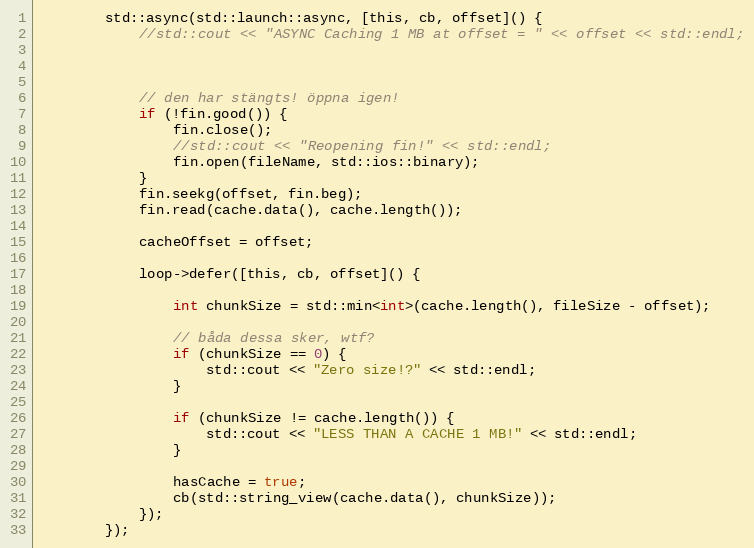
Language: C
        std::async(std::launch::async, [this, cb, offset]() {
            //std::cout << "ASYNC Caching 1 MB at offset = " << offset << std::endl;

            // den har stängts! öppna igen!
            if (!fin.good()) {
                fin.close();
                //std::cout << "Reopening fin!" << std::endl;
                fin.open(fileName, std::ios::binary);
            }
            fin.seekg(offset, fin.beg);
            fin.read(cache.data(), cache.length());

            cacheOffset = offset;

            loop->defer([this, cb, offset]() {

                int chunkSize = std::min<int>(cache.length(), fileSize - offset);

                // båda dessa sker, wtf?
                if (chunkSize == 0) {
                    std::cout << "Zero size!?" << std::endl;
                }

                if (chunkSize != cache.length()) {
                    std::cout << "LESS THAN A CACHE 1 MB!" << std::endl;
                }

                hasCache = true;
                cb(std::string_view(cache.data(), chunkSize));
            });
        });